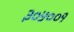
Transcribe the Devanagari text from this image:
३०५००१